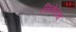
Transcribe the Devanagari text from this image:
निंकेनचा